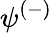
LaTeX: \psi^{(-)}